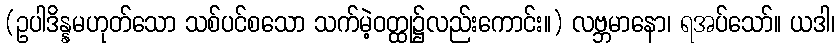
(ဥပါဒိန္နမဟုတ်သော သစ်ပင်စသော သက်မဲ့ဝတ္ထု၌လည်းကောင်း။) လဗ္ဘမာနော၊ ရအပ်သော်။ ယဒါ၊